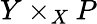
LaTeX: Y\times_{X}P